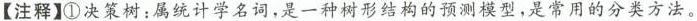
【注释】①决策树：属统计学名词，是一种树形结构的预测模型，是常用的分类方法。